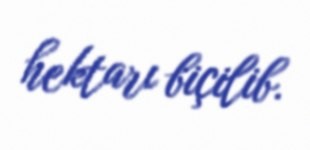
hektarı biçilib.